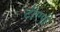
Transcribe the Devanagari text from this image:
टीएपी